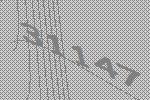
31147